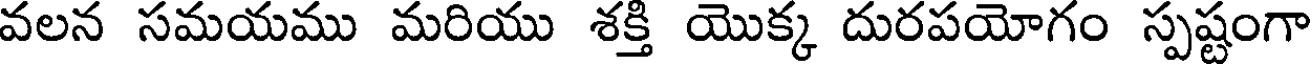
వలన సమయము మరియు శక్తి యొక్క దురపయోగం స్పష్టంగా